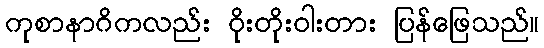
ကုစာနာဂိကလည်း ဝိုးတိုးဝါးတား ပြန်ဖြေသည်။